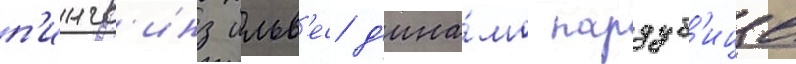
п'ингв'инз ильв'ес д'ина́мо пардуб'ице